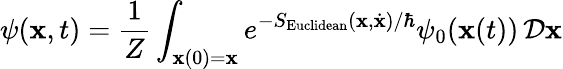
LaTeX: \psi(\mathbf{x},t)={\frac{{1}}{{Z}}}\int_{\mathbf{{\mathbf{x}}}(0)=\mathbf{x}}e^{-S_{\mathrm{{Euclidean}}}(\mathbf{{\mathbf{x}}},{\dot{{\mathbf{{\mathbf{x}}}}}})/\hbar}\psi_{0}(\mathbf{{\mathbf{x}}}(t))\, {\mathcal{{D}}}\mathbf{{\mathbf{x}}}